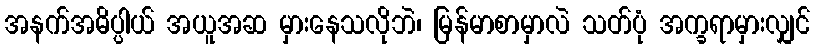
အနက်အဓိပ္ပါယ် အယူအဆ မှားနေသလိုဘဲ၊ မြန်မာစာမှာလဲ သတ်ပုံ အက္ခရာမှားလျှင်